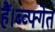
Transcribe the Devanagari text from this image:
हैं।ब्व्फ्गेत